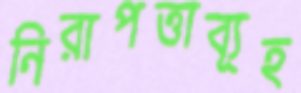
নিরাপত্তাব্যূহ